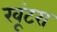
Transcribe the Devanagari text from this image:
खूंटरा